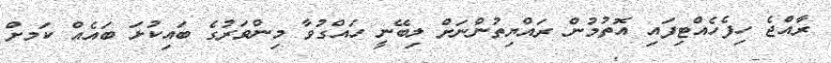
ރާއްޖެ ހިފެހެއްޓިފައި އޮތުމުން ރައްޔިތުންނަށް ލިބޭނީ ހައްގުވާ މިންވަރުގެ ބައިކުޅަ ބައެއް ކަަމށް